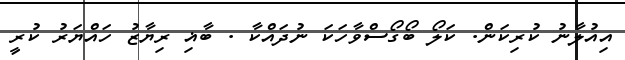
އިއުލާނު ކުރިކަން. ކަލޯ ބޯގޯސްވާހަކަ ނުދައްކާ . ބާޣި ރިޔާޒު ހައްޔަރު ކުރީ